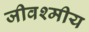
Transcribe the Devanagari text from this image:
जीवश्मीय